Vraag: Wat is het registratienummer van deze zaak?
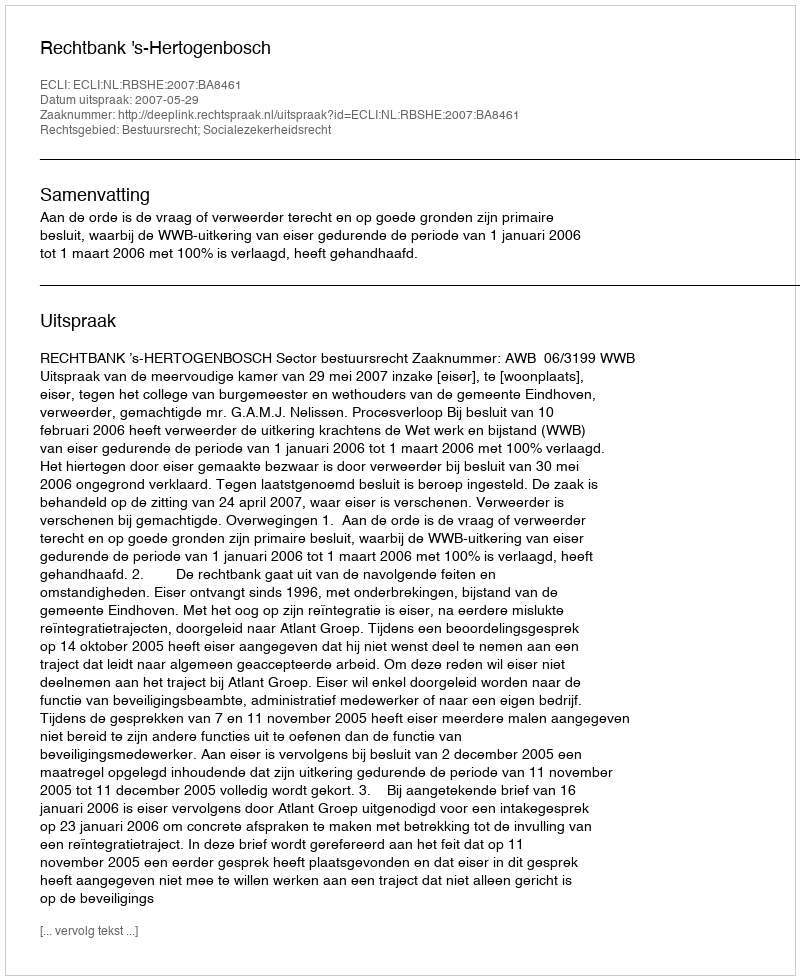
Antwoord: http://deeplink.rechtspraak.nl/uitspraak?id=ECLI:NL:RBSHE:2007:BA8461